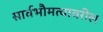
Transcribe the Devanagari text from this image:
सार्वभौमत्वावरील